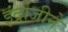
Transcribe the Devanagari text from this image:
इंद्रोजीने